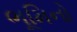
ભૂમિનો